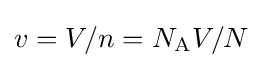
v=V/n=N_{\text{A}}V/N